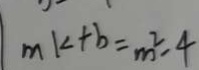
m k + b = m ^ { 2 } - 4